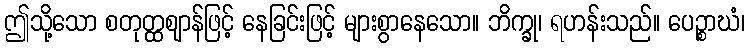
ဤသို့သော စတုတ္ထဈာန်ဖြင့် နေခြင်းဖြင့် များစွာနေသော။ ဘိက္ခု၊ ရဟန်းသည်။ ပေဉ္စာဃံ၊